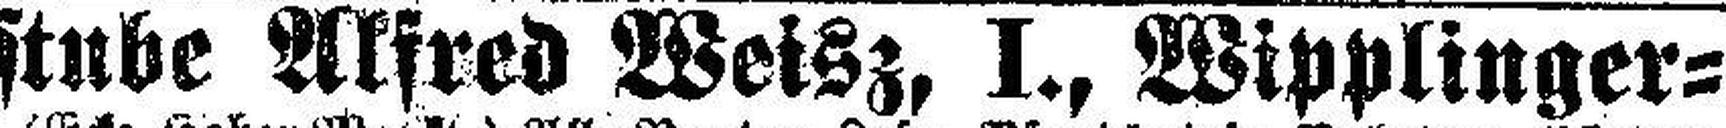
Wechselstube Alfred Weisz, I., Wipplinger¬